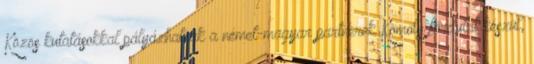
Közös kutatásokkal pályázhatnak a német-magyar partnerek Komoly fordulat készül,